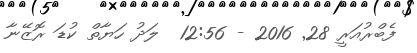
ފެބްރުއަރީ 28